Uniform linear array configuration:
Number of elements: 32
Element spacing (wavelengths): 0.75
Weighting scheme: cosine
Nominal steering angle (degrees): -15
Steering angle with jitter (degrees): -16.762
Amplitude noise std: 0.05
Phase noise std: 0.05

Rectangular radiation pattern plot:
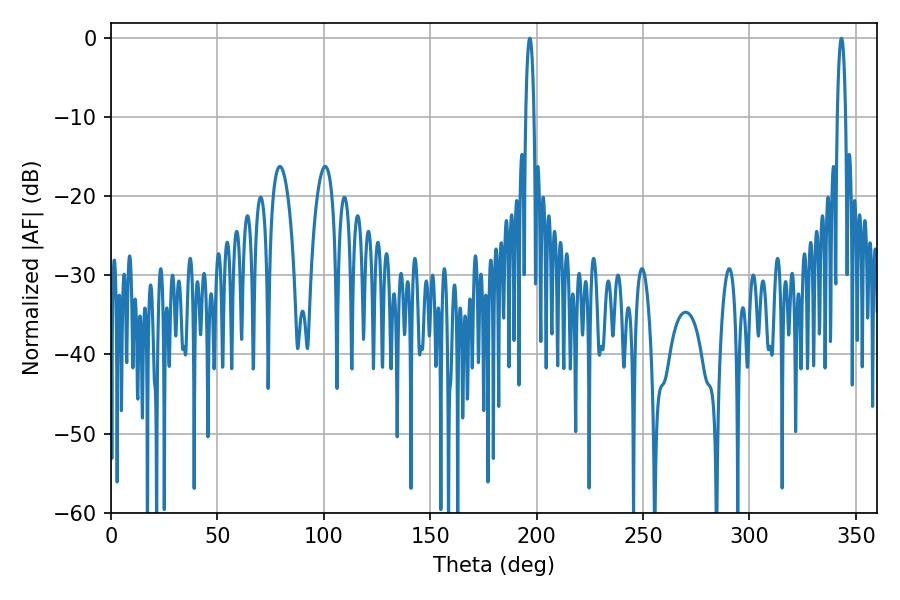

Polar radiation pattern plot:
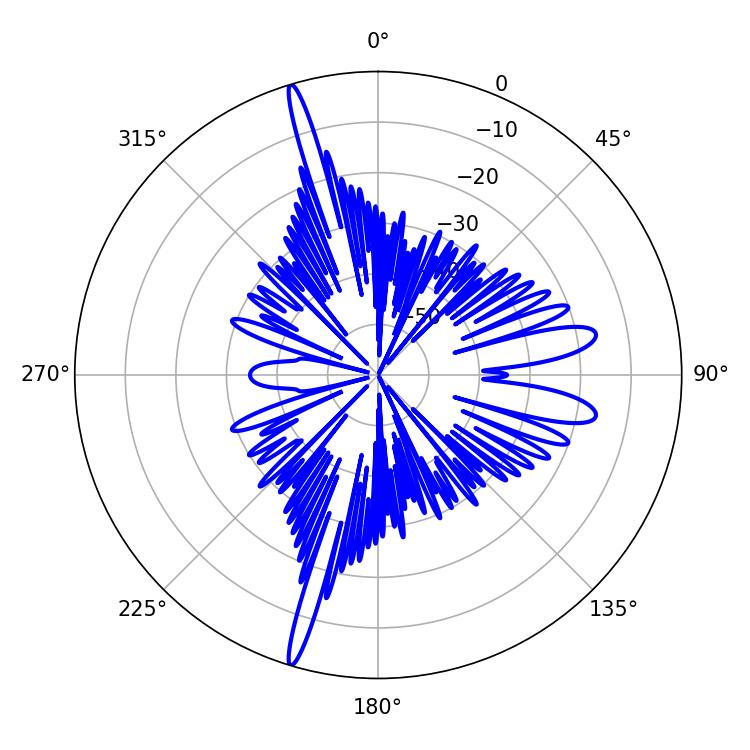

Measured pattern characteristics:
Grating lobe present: TRUE
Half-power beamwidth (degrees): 2.16
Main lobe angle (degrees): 196.74